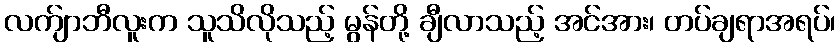
လက်ျာဘီလူးက သူသိလိုသည့် မွန်တို့ ချီလာသည့် အင်အား၊ တပ်ချရာအရပ်၊